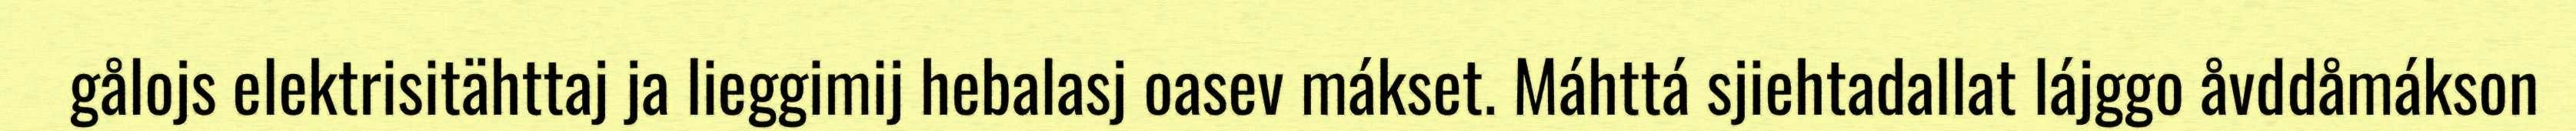
gålojs elektrisitähttaj ja lieggimij hebalasj oasev mákset. Máhttá sjiehtadallat lájggo åvddåmákson